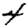
Digit: 4